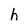
Character: h